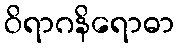
ဝိရာဂနိရောဓာ